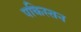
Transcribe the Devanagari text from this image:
पकिस्तन